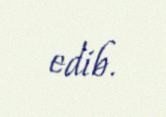
edib.